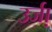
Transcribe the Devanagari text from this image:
उर्जा़